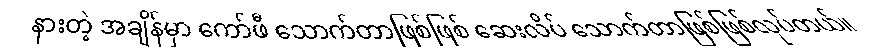
နားတဲ့ အချိန်မှာ ကော်ဖီ သောက်တာဖြစ်ဖြစ် ဆေးလိပ် သောက်တာဖြစ်ဖြစ်လုပ်တယ်။